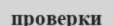
проверки